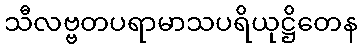
သီလဗ္ဗတပရာမာသပရိယုဋ္ဌိတေန